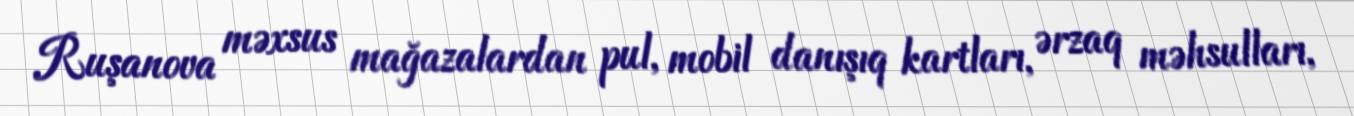
Ruşanova məxsus mağazalardan pul, mobil danışıq kartları, ərzaq məhsulları,